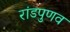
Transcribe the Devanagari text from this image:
रांडपुणव